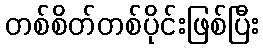
တစ်စိတ်တစ်ပိုင်းဖြစ်ပြီး